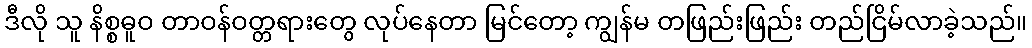
ဒီလို သူ နိစ္စဓူဝ တာဝန်ဝတ္တရားတွေ လုပ်နေတာ မြင်တော့ ကျွန်မ တဖြည်းဖြည်း တည်ငြိမ်လာခဲ့သည်။